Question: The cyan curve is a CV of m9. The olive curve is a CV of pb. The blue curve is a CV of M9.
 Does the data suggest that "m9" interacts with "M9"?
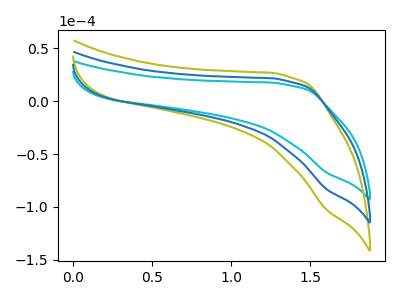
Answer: <think>The cyan curve "m9" has no peaks. The olive curve "pb" has no peaks. The blue curve "M9" has no peaks.
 Neither "m9" or "M9" have any peaks.</think>
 <answer>No, "m9" and "M9" don't appear to be significantly different in shape</answer>
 <eval>no_change</eval>